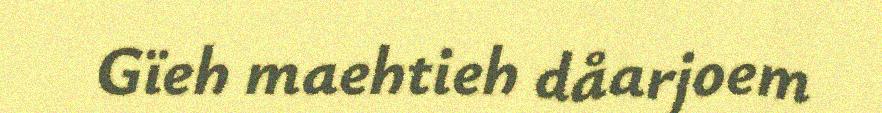
Gïeh maehtieh dåarjoem